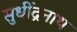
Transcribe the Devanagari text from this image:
सुधींद्रनाथ